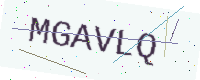
Text: MGAVLQ